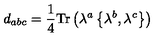
d _ { a b c } = \frac { 1 } { 4 } \mathrm { T r } \left( \lambda ^ { a } \left\{ \lambda ^ { b } , \lambda ^ { c } \right\} \right)